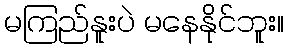
မကြည်နူးပဲ မနေနိုင်ဘူး။